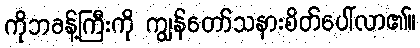
ကိုဘခန့်ကြီးကို ကျွန်တော်သနားစိတ်ပေါ်လာ၏။